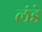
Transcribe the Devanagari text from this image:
लंडे